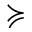
\succcurlyeq